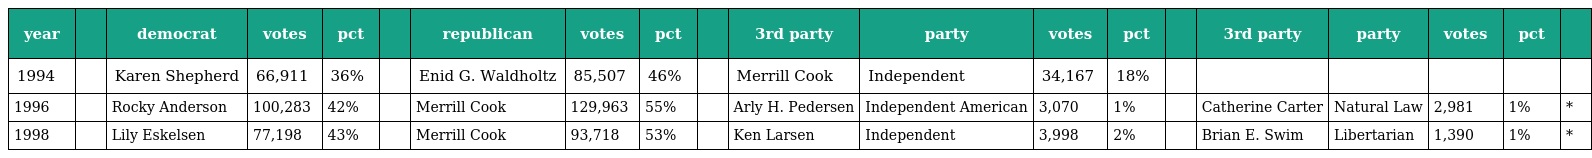
| year |  | democrat | votes | pct |  | republican | votes | pct |  | 3rd party | party | votes | pct |  | 3rd party | party | votes | pct |  |
 | --- | --- | --- | --- | --- | --- | --- | --- | --- | --- | --- | --- | --- | --- | --- | --- | --- | --- | --- | --- |
 | 1994 |  | Karen Shepherd | 66,911 | 36% |  | Enid G. Waldholtz | 85,507 | 46% |  | Merrill Cook | Independent | 34,167 | 18% |  |  |  |  |  |  |
 | 1996 |  | Rocky Anderson | 100,283 | 42% |  | Merrill Cook | 129,963 | 55% |  | Arly H. Pedersen | Independent American | 3,070 | 1% |  | Catherine Carter | Natural Law | 2,981 | 1% | * |
 | 1998 |  | Lily Eskelsen | 77,198 | 43% |  | Merrill Cook | 93,718 | 53% |  | Ken Larsen | Independent | 3,998 | 2% |  | Brian E. Swim | Libertarian | 1,390 | 1% | * |